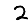
Digit: 2